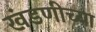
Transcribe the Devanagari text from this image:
खंडणीच्या